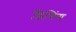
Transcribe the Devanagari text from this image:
डिगिंग